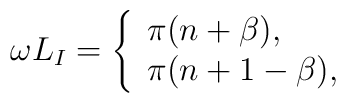
\omega L_I=\left\{ \begin{array}{ll}                    \pi (n+\beta),\\                     \pi (n+1-\beta),                     \end{array}            \right.